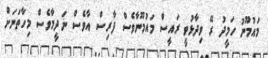
މައުމޫނު ހަމީދު ރޭ ވިދާޅުވީ ރައީސް މައުމޫނާވެސް ފާރިސް އާވެސް ނަދީމާވެސް މިހާތަނަށް